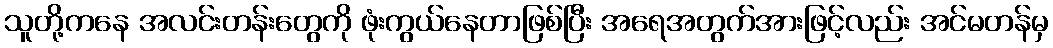
သူတို့ကနေ အလင်းတန်းတွေကို ဖုံးကွယ်နေတာဖြစ်ပြီး အရေအတွက်အားဖြင့်လည်း အင်မတန်မှ